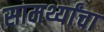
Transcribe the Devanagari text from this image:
सामर्थ्यांचा